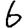
Digit: 6